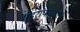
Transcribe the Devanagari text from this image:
शहरापासुन१५